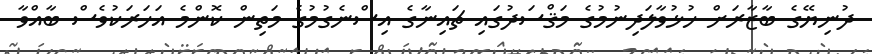
ދުނިޔޭގެ ބާޒާރަށް ހުޅުވާލަދިނުމުގެ މަޤްސަދުގައި ޗައިނާގެ އިސްނެގުމުގެ މަތިން ކޮންމެ އަހަރަކުވެސް ބާއްވާ